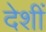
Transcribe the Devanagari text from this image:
देशीं